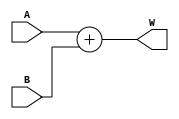
module Adder_32b(input [31:0]A,B,output [31:0]W);
  assign W=A+B;
endmodule


module Adder_9b(input [8:0]A,B,output [8:0]W);
  assign W=A+B;
endmodule